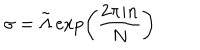
\sigma = \tilde { \Lambda } \exp \left( \frac { 2 \pi i n } { N } \right)